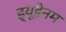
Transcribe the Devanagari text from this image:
ड्यूडेनम